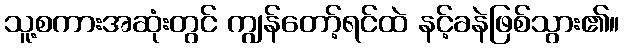
သူ့စကားအဆုံးတွင် ကျွန်တော့်ရင်ထဲ နင့်ခနဲဖြစ်သွား၏။